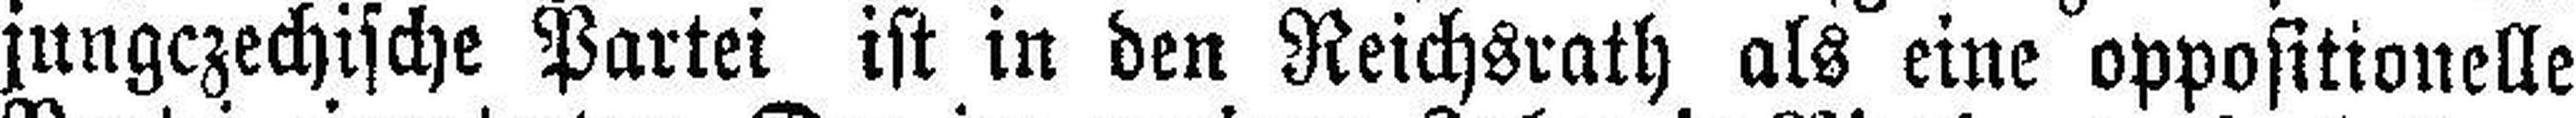
jungczechische Partei ist in den Reichsrath als eine oppositionelle